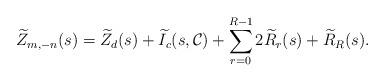
LaTeX: \begin{align*} \widetilde{Z}_{m,-n}(s) = \widetilde{Z}_d(s) + \widetilde{I}_c(s,\mathcal{C}) + \sum_{r=0}^{R-1} 2\widetilde{R}_r(s) + \widetilde{R}_R(s).\end{align*}